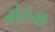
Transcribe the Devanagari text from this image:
संग्स